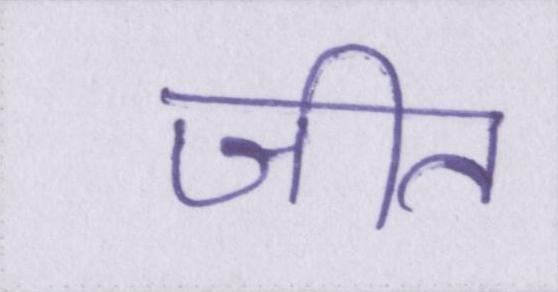
जीत